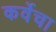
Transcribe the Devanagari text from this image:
कर्वेचा